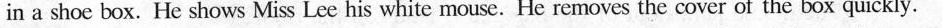
in a shoe box. He shows Miss Lee his white mouse. He removes the cover of the box quickly.